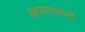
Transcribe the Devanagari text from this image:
अध्यापकांनीं